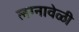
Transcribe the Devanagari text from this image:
लग्नावेळी